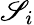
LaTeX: \mathscr{S}_{i}